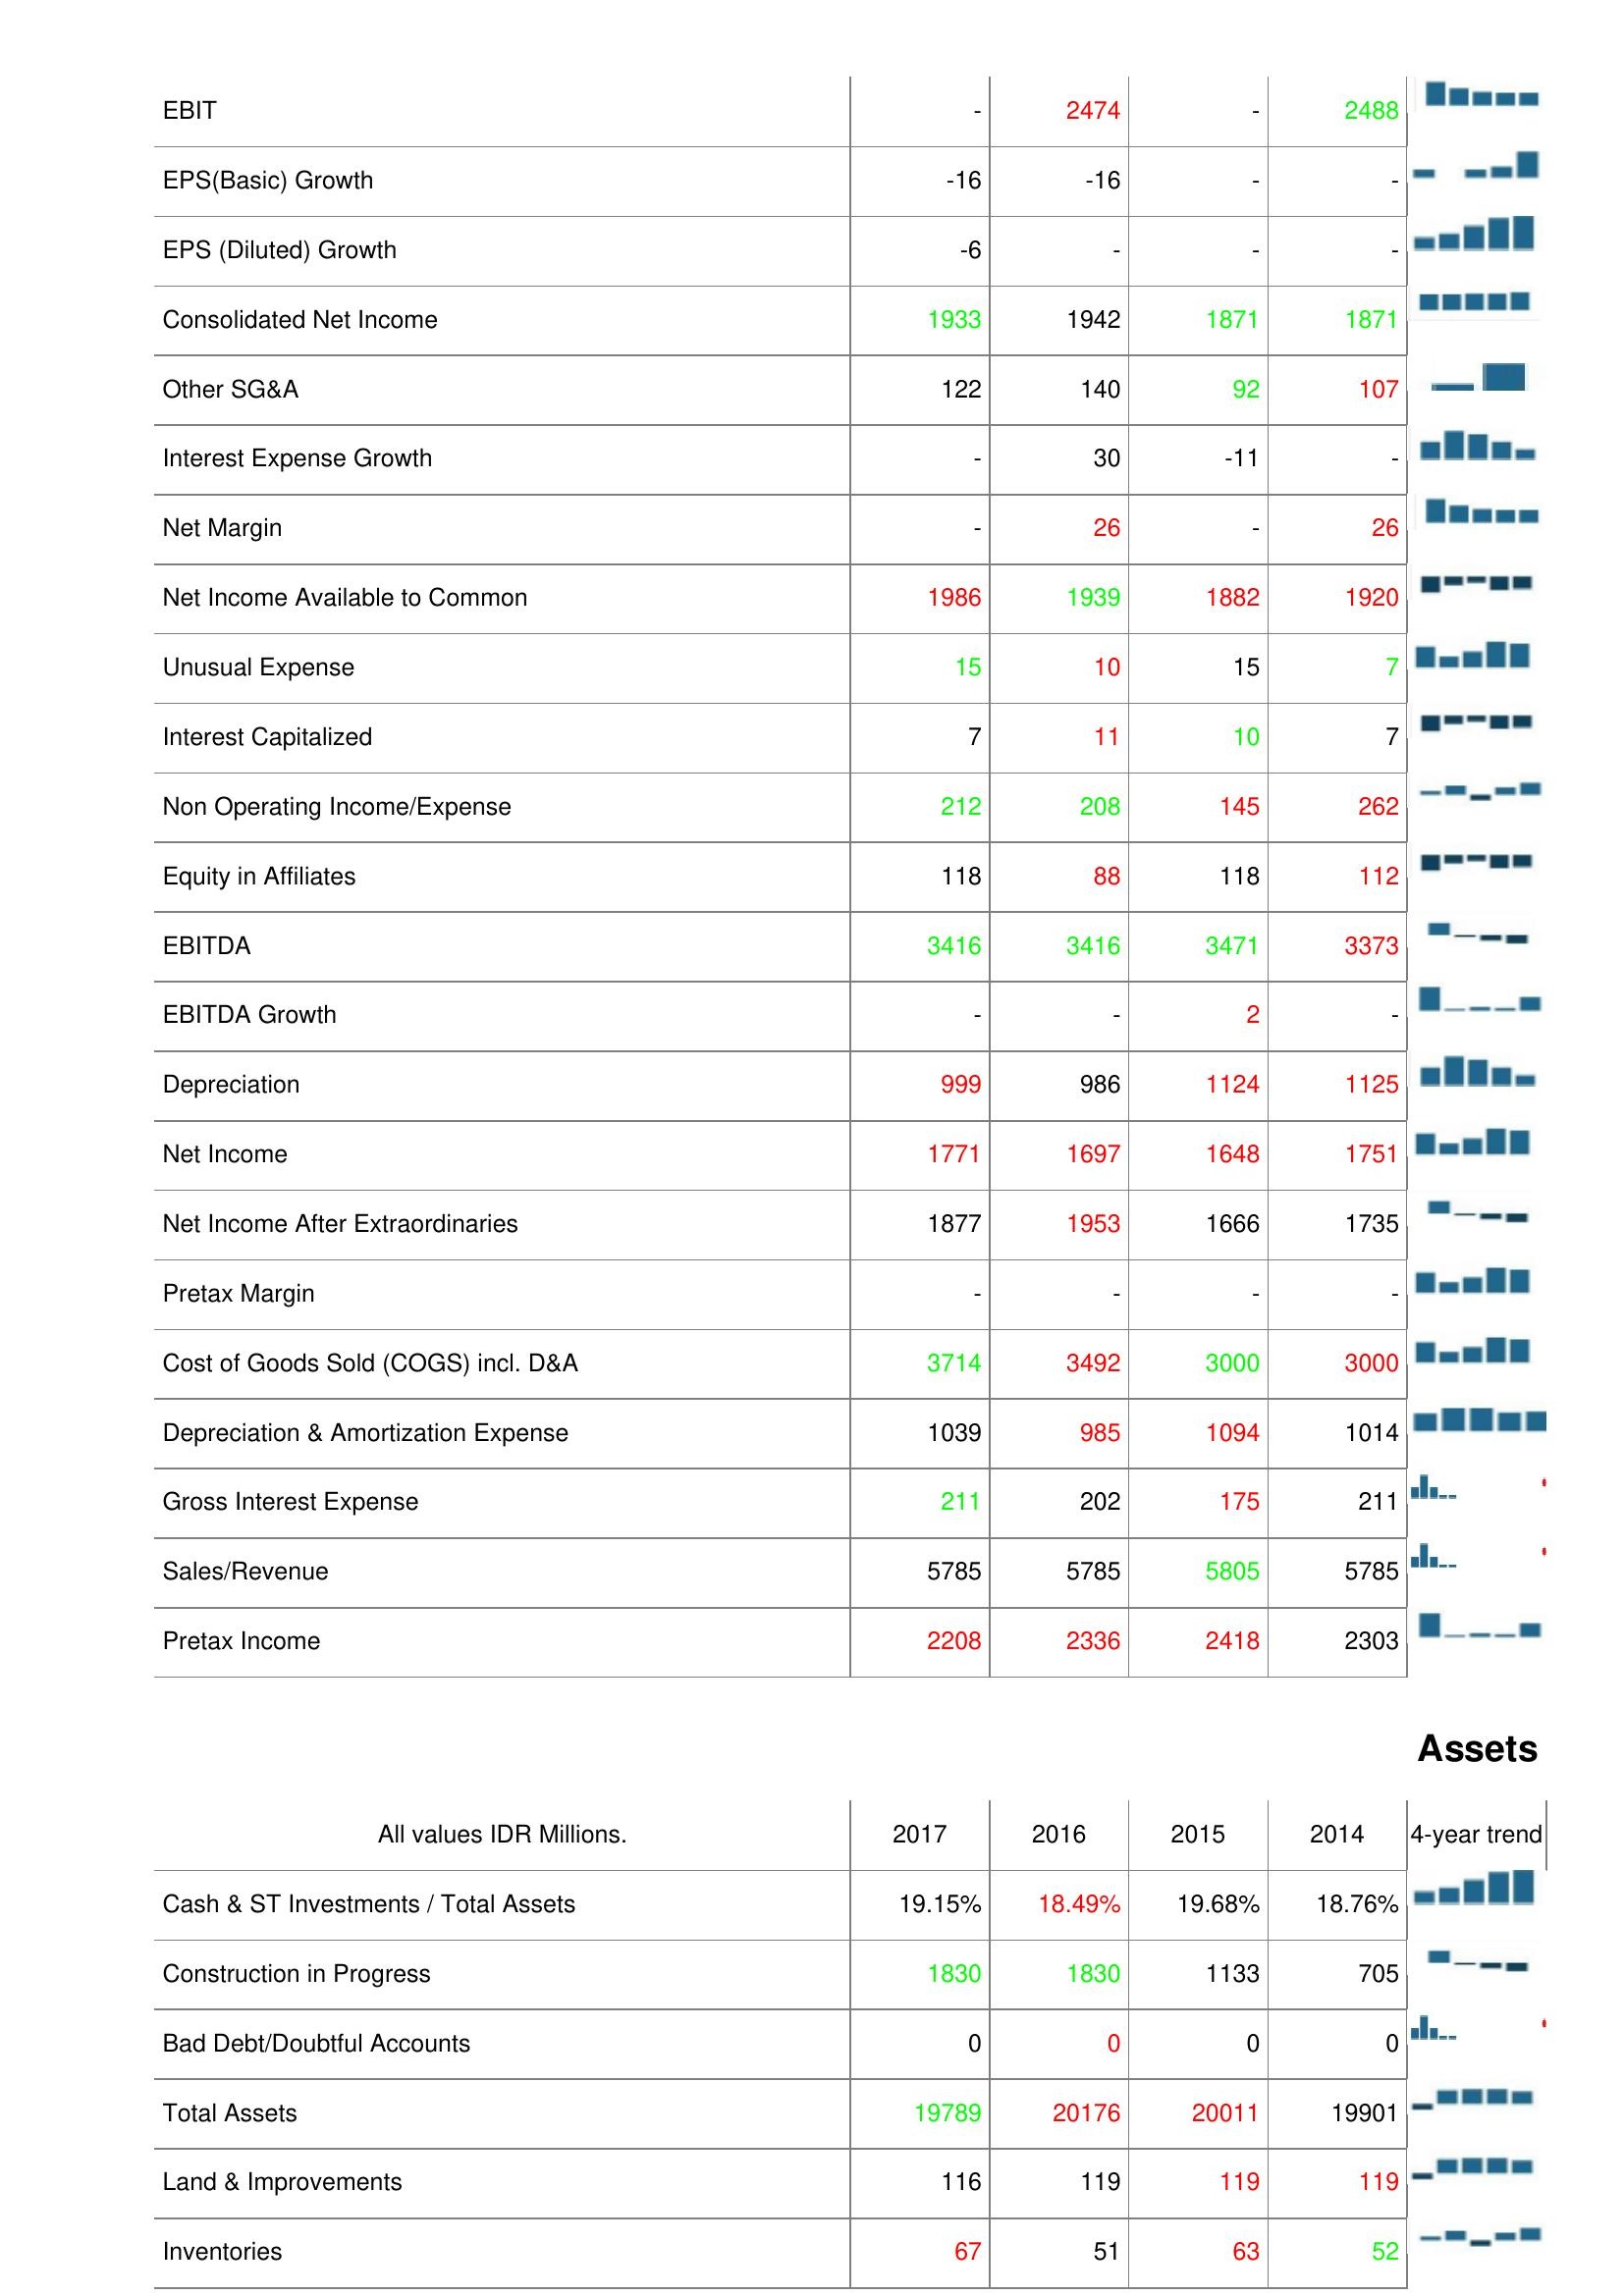
2017: : EBIT: -
EPS(Basic) Growth: -16
EPS (Diluted) Growth: -6
Consolidated Net Income: 1933
Other SG&A: 122
Interest Expense Growth: -
Net Margin: -
Net Income Available to Common: 1986
Unusual Expense: 15
Interest Capitalized: 7
Non Operating Income/Expense: 212
Equity in Affiliates: 118
EBITDA: 3416
EBITDA Growth: -
Depreciation: 999
Net Income: 1771
Net Income After Extraordinaries: 1877
Pretax Margin: -
Cost of Goods Sold (COGS) incl. D&A: 3714
Depreciation & Amortization Expense: 1039
Gross Interest Expense: 211
Sales/Revenue: 5785
Pretax Income: 2208
Assets: Cash & ST Investments / Total Assets: 19.15%
Construction in Progress: 1830
Bad Debt/Doubtful Accounts: 0
Total Assets: 19789
Land & Improvements: 116
Inventories: 67
2016: : EBIT: 2474
EPS(Basic) Growth: -16
EPS (Diluted) Growth: -
Consolidated Net Income: 1942
Other SG&A: 140
Interest Expense Growth: 30
Net Margin: 26
Net Income Available to Common: 1939
Unusual Expense: 10
Interest Capitalized: 11
Non Operating Income/Expense: 208
Equity in Affiliates: 88
EBITDA: 3416
EBITDA Growth: -
Depreciation: 986
Net Income: 1697
Net Income After Extraordinaries: 1953
Pretax Margin: -
Cost of Goods Sold (COGS) incl. D&A: 3492
Depreciation & Amortization Expense: 985
Gross Interest Expense: 202
Sales/Revenue: 5785
Pretax Income: 2336
Assets: Cash & ST Investments / Total Assets: 18.49%
Construction in Progress: 1830
Bad Debt/Doubtful Accounts: 0
Total Assets: 20176
Land & Improvements: 119
Inventories: 51
2015: : EBIT: -
EPS(Basic) Growth: -
EPS (Diluted) Growth: -
Consolidated Net Income: 1871
Other SG&A: 92
Interest Expense Growth: -11
Net Margin: -
Net Income Available to Common: 1882
Unusual Expense: 15
Interest Capitalized: 10
Non Operating Income/Expense: 145
Equity in Affiliates: 118
EBITDA: 3471
EBITDA Growth: 2
Depreciation: 1124
Net Income: 1648
Net Income After Extraordinaries: 1666
Pretax Margin: -
Cost of Goods Sold (COGS) incl. D&A: 3000
Depreciation & Amortization Expense: 1094
Gross Interest Expense: 175
Sales/Revenue: 5805
Pretax Income: 2418
Assets: Cash & ST Investments / Total Assets: 19.68%
Construction in Progress: 1133
Bad Debt/Doubtful Accounts: 0
Total Assets: 20011
Land & Improvements: 119
Inventories: 63
2014: : EBIT: 2488
EPS(Basic) Growth: -
EPS (Diluted) Growth: -
Consolidated Net Income: 1871
Other SG&A: 107
Interest Expense Growth: -
Net Margin: 26
Net Income Available to Common: 1920
Unusual Expense: 7
Interest Capitalized: 7
Non Operating Income/Expense: 262
Equity in Affiliates: 112
EBITDA: 3373
EBITDA Growth: -
Depreciation: 1125
Net Income: 1751
Net Income After Extraordinaries: 1735
Pretax Margin: -
Cost of Goods Sold (COGS) incl. D&A: 3000
Depreciation & Amortization Expense: 1014
Gross Interest Expense: 211
Sales/Revenue: 5785
Pretax Income: 2303
Assets: Cash & ST Investments / Total Assets: 18.76%
Construction in Progress: 705
Bad Debt/Doubtful Accounts: 0
Total Assets: 19901
Land & Improvements: 119
Inventories: 52